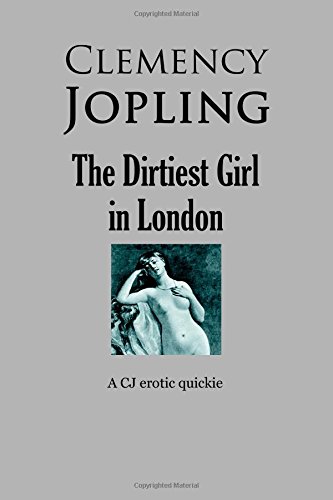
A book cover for The Dirtiest Girl in London: A CJ erotic quickie; Clemency Jopling; Romance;